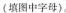
(填图中字母)